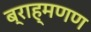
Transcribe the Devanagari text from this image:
ब्राह्मणण